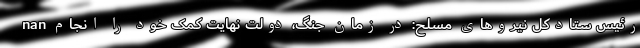
nan رئیس ستادکل نیروهای مسلح: در زمان جنگ، دولت نهایت کمک خود را انجام